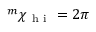
{ } ^ { m } \chi _ { \mathrm { ~ h ~ i ~ } } = 2 \pi